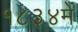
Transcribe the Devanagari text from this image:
१८३४में